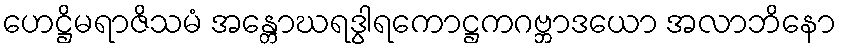
ဟေဋ္ဌိမရာဇိသမံ အန္တောဃရဒွါရကောဋ္ဌကဂဗ္ဘာဒယော အလာဘိနော